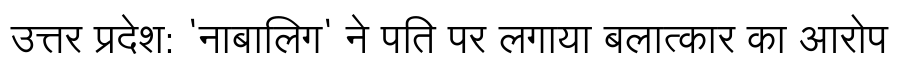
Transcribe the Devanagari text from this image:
उत्तर प्रदेश: 'नाबालिग' ने पति पर लगाया बलात्कार का आरोप